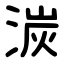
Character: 湠